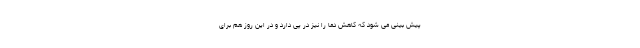
پیش بینی می شود که کاهش دما را نیز در پی دارد و در این روز هم برای